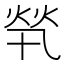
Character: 㷀